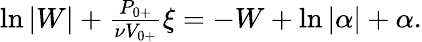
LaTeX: \begin{array}{r}{\ln{|W|}+\frac{{P}_{0+}}{\nu V_{0+}}\xi=-W+\ln|\alpha|+\alpha.}\end{array}